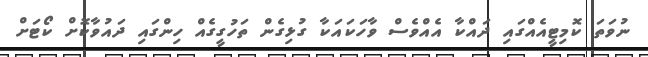
ނުވަތަ ކޮމިޓީއެއްގައި ދައްކާ އެއްވެސް ވާހަކައަކާ ގުޅިގެން ތަހުގީގެއް ހިންގައި ދައުވާކޮށް ކޯޓަށް